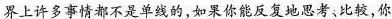
界上许多事情都不是单线的，如果你能反复地思考、比较，你